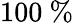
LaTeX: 100~\%